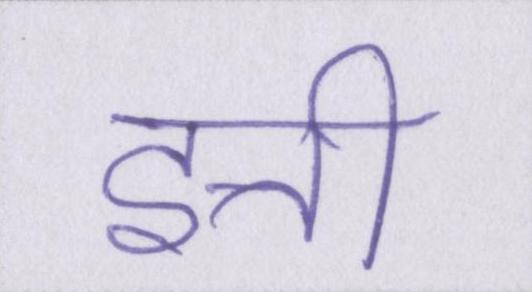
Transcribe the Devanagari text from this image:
इत्ती